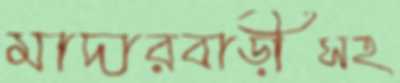
মাদারবাড়ীসহ